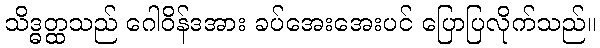
သိဒ္ဓတ္ထသည် ဂေါဝိန်ဒအား ခပ်အေးအေးပင် ပြောပြလိုက်သည်။